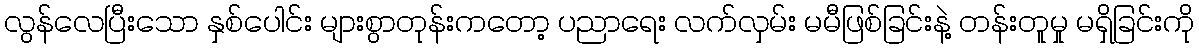
လွန်လေပြီးသော နှစ်ပေါင်း များစွာတုန်းကတော့ ပညာရေး လက်လှမ်း မမီဖြစ်ခြင်းနဲ့ တန်းတူမှု မရှိခြင်းကို